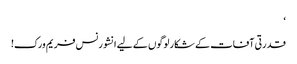
‘
قدرتی آفات کے شکار لوگوں کے لیے انشورنس فریم ورک!